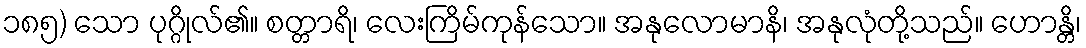
၁၈၅) သော ပုဂ္ဂိုလ်၏။ စတ္တာရိ၊ လေးကြိမ်ကုန်သော။ အနုလောမာနိ၊ အနုလုံတို့သည်။ ဟောန္တိ၊